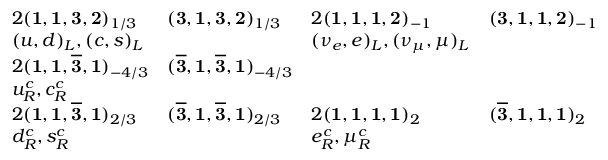
\begin{array} { l l l l } { { 2 ( { \bf 1 } , { \bf 1 } , { \bf 3 } , { \bf 2 } ) _ { 1 / 3 } } } & { { ( { \bf 3 } , { \bf 1 } , { \bf 3 } , { \bf 2 } ) _ { 1 / 3 } } } & { { 2 ( { \bf 1 } , { \bf 1 } , { \bf 1 } , { \bf 2 } ) _ { - 1 } } } & { { ( { \bf 3 } , { \bf 1 } , { \bf 1 } , { \bf 2 } ) _ { - 1 } } } \\ { { ( u , d ) _ { L } , ( c , s ) _ { L } } } & { { } } & { { ( \nu _ { e } , e ) _ { L } , ( \nu _ { \mu } , \mu ) _ { L } } } & { { } } \\ { { 2 ( { \bf 1 } , { \bf 1 } , { \bf \overline { { { 3 } } } } , { \bf 1 } ) _ { - 4 / 3 } } } & { { ( { \bf \overline { { { 3 } } } } , { \bf 1 } , { \bf \overline { { { 3 } } } } , { \bf 1 } ) _ { - 4 / 3 } } } & { { } } \\ { { u _ { R } ^ { c } , c _ { R } ^ { c } } } & { { } } & { { } } & { { } } \\ { { 2 ( { \bf 1 } , { \bf 1 } , { \bf \overline { { { 3 } } } } , { \bf 1 } ) _ { 2 / 3 } } } & { { ( { \bf \overline { { { 3 } } } } , { \bf 1 } , { \bf \overline { { { 3 } } } } , { \bf 1 } ) _ { 2 / 3 } } } & { { 2 ( { \bf 1 } , { \bf 1 } , { \bf 1 } , { \bf 1 } ) _ { 2 } } } & { { ( { \bf \overline { { { 3 } } } } , { \bf 1 } , { \bf 1 } , { \bf 1 } ) _ { 2 } } } \\ { { d _ { R } ^ { c } , s _ { R } ^ { c } } } & { { } } & { { e _ { R } ^ { c } , \mu _ { R } ^ { c } } } & { { } } \end{array}